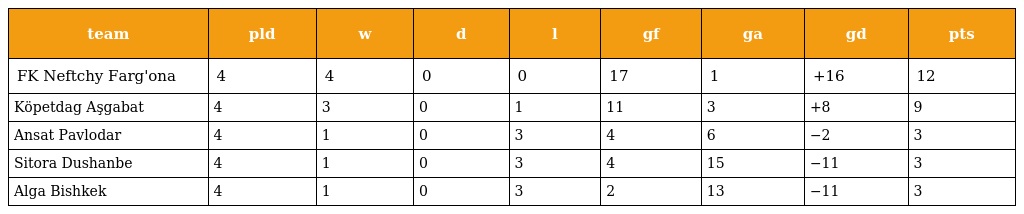
| team | pld | w | d | l | gf | ga | gd | pts |
 | --- | --- | --- | --- | --- | --- | --- | --- | --- |
 | FK Neftchy Farg'ona | 4 | 4 | 0 | 0 | 17 | 1 | +16 | 12 |
 | Köpetdag Aşgabat | 4 | 3 | 0 | 1 | 11 | 3 | +8 | 9 |
 | Ansat Pavlodar | 4 | 1 | 0 | 3 | 4 | 6 | −2 | 3 |
 | Sitora Dushanbe | 4 | 1 | 0 | 3 | 4 | 15 | −11 | 3 |
 | Alga Bishkek | 4 | 1 | 0 | 3 | 2 | 13 | −11 | 3 |